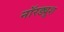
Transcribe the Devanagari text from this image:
नॉरड्यूश